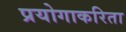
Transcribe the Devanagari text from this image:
प्रयोगाकरिता